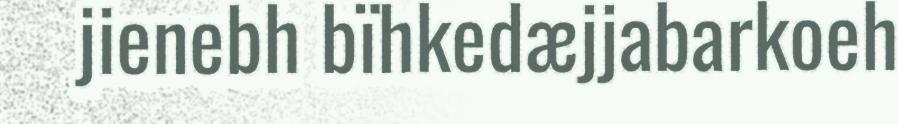
jienebh bïhkedæjjabarkoeh